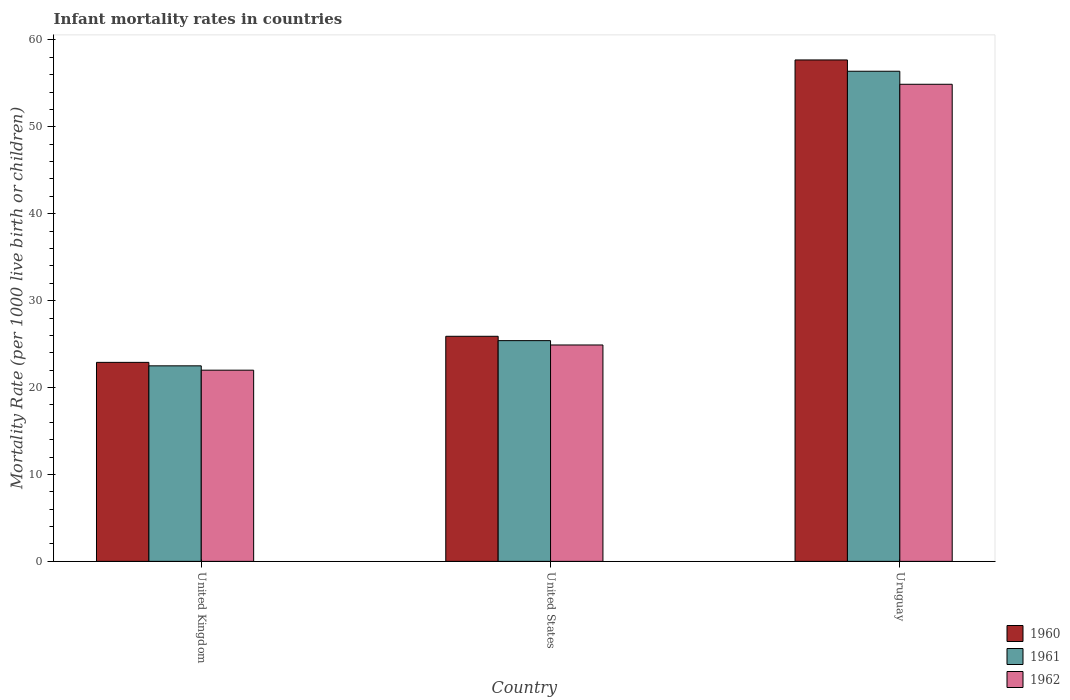
| Country | 1960 | 1961 | 1962 |
 | --- | --- | --- | --- |
 | United Kingdom | 22.9 | 22.5 | 22 |
 | United States | 25.9 | 25.4 | 24.9 |
 | Uruguay | 57.7 | 56.4 | 54.9 |